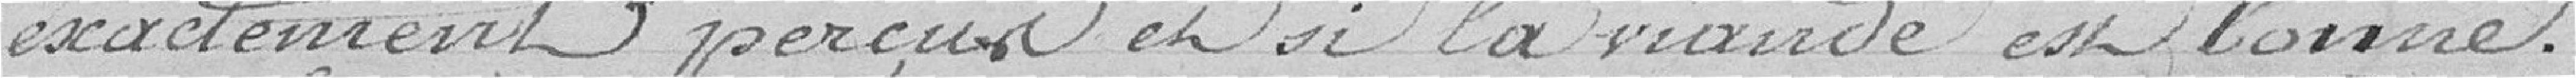
exactement perçus et si la viande est bonne.